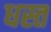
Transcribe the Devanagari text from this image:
धस्त